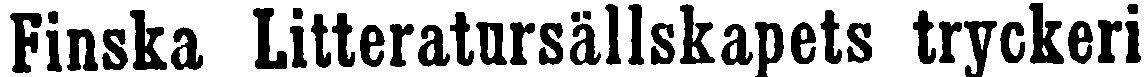
Finska Litteratursällskapets tryckeri.